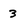
Character: 3